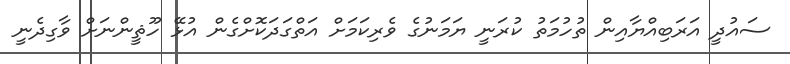
ސައުދީ އަރަބިއްޔާއިން ތުހުމަތު ކުރަނީ ޔަމަނުގެ ވެރިކަމަށް އަތްގަދަކޮށްގެން އުޅޭ ހޫޘީންނަށް ވާގިދެނީ